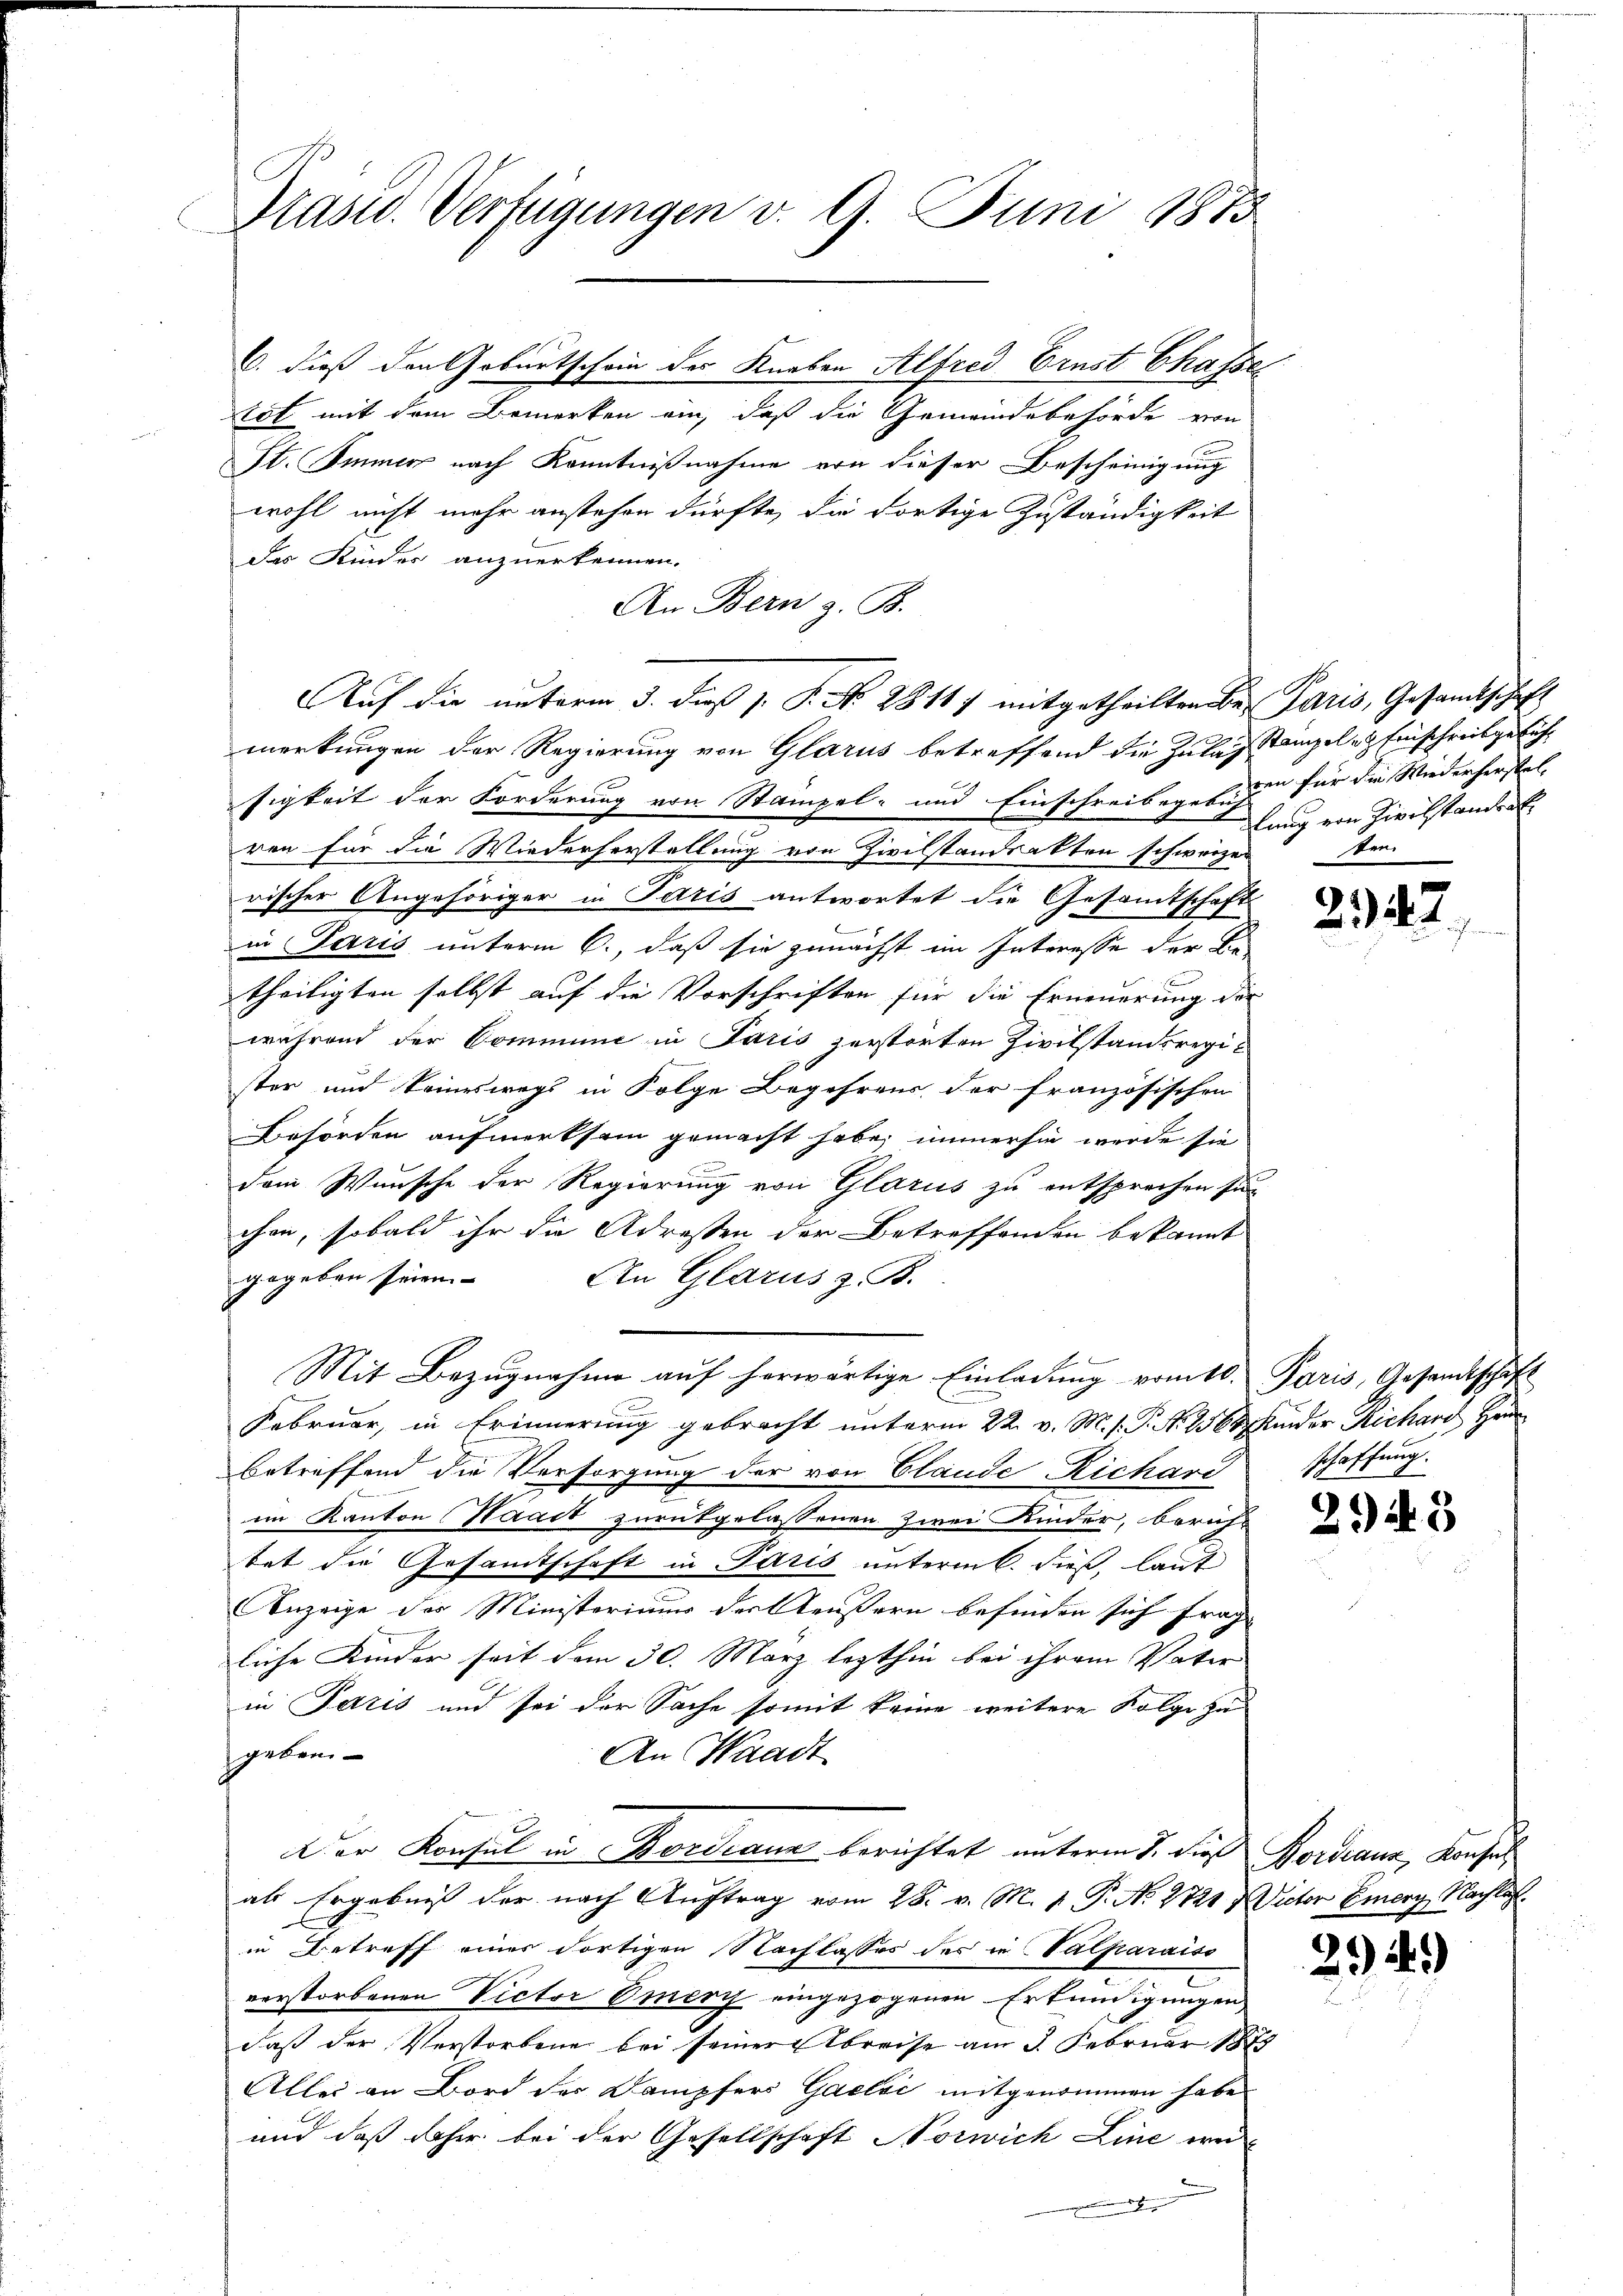
Prast. Verfügungen v. 9. Juni 1873

C. dieß den Geburtschein des Knaben Alfred Ernst Chasse
tdt mit dem Bemerken ein, daß die Gemeindebehörde von
St. Immer nach Kenntnißnahme von dieser Bescheinigung
wohl nicht mehr anstehen dürfte, die dortige Zuständigkeit
das Kinder anzuerkennen.
An Bern z. B.
merkungen der Regierung von Glarus betreffend die Zulag stampel- & Einschreibgefüh
sigkeit der Forderung von Stampel- und Einschreibegelnden für die Wiederherstel
ren für die Wiederherstellung von Zivilstandsakten schweizen
rischer Angehöriger in Paris antwortet die Gesandtschaft
in Paris unterm 6., daß sie zunächst im Interesse der Be-
1
theiligten selbst auf die Vorschriften für die Erneuerung der
während der Commune in Paris zerstorten Zivilstandsregister und keineswegs in Folge Begehrens der französischen
Behörden aufmerksam gemacht habe, immer sie werde sie
dem Wunsche der Regierung von Glarus zu entsprechen sin
chen, sobald ihr die Adressen der Betreffenden bekannt
gegeben seien. An Glarus z. B.
Mit Bezugnahme auf herwärtige Einladung vom 10. Paris, Gesandtschaft
Februar, in Erinnerung gebracht unterm 22. v. M. s. P. Nr. 256 4 Kinder Richard Her
betreffend die Versorgung der von Elande Richard schaffung.
im Kanton Waadt zurükgelassenen Zwei Kinder, berich-
tet die Gesamtschaft in Paris unterm 6. dieß, laut
Anzeige der Ministeriums der Aeußern befinden sich frage |
liche Kinder seit dem 30. März lezthin bei ihrem Vater
in Paris und sei der Sache somit keine weitere Folge zu
geborn-
An Waadt
Der Konsul in ordeaus berichtet unterm 3. Dieß Fordeann, Konsen
als Ergebniß der nach Auftrag vom 28. v. M. 1. P. N. 2721 & Victor Emery Nachlag
in Betreff einer dortigen Nachlasses des in Valparaiso
verstorbenen Victor Emery eingezogenen Erkundigungen
daß der Verstorbene bei seiner Abreise am 3. Februar 1879
Aller an Bord der Dampfers Gaelić mitgenommen habe
und daß daher bei der Gesellschaft Norwich Line wei
.

Auf die unterm 3. dieß P. P. Nr. 28117 mitgetheilten der Paris, Gesandtschaft

lung von Zivilstandrat
ten.

22

294. 5

29

)

s